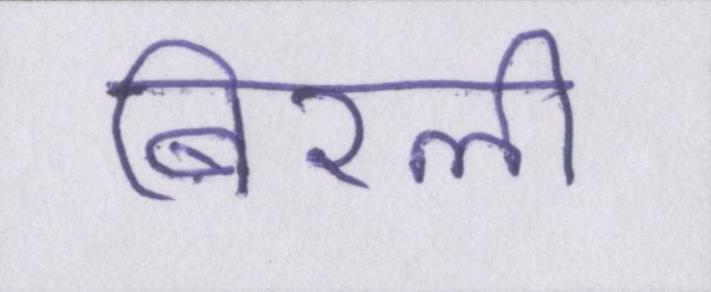
बिरली